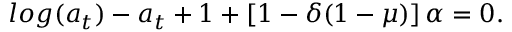
l o g ( a _ { t } ) - a _ { t } + 1 + \left[ 1 - \delta ( 1 - \mu ) \right] \alpha = 0 .